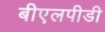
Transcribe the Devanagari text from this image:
बीएलपीडी